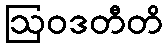
ဩဝဒတီတိ